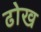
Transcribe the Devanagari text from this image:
ढोख